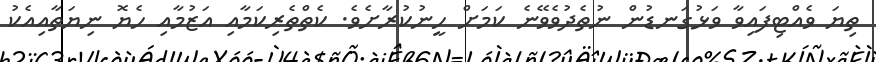
ތިޔަ ވެއްޓިފައިވާ ވަޅުގަނޑުން ނުތެދުވެވޭނެ ކަމަށް ހީނުކުރާށެވެ. ކެތްތެރިކަމާއި އަޒުމާއި ހެޔޮ ނިޔަތާއިއެކު